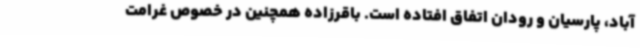
آباد، پارسیان و رودان اتفاق افتاده است. باقرزاده همچنین در خصوص غرامت